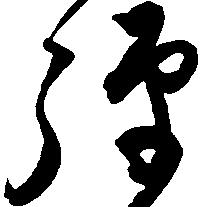
騨